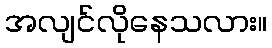
အလျင်လိုနေသလား။